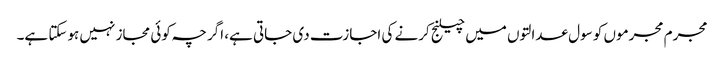
مجرم مجرموں کو سول عدالتوں میں چیلنج کرنے کی اجازت دی جاتی ہے، اگرچہ کوئی مجاز نہیں ہوسکتا ہے۔